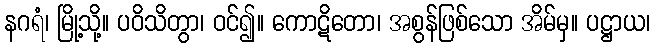
နဂရံ၊ မြို့သို့။ ပဝိသိတွာ၊ ဝင်၍။ ကောဋိတော၊ အစွန်ဖြစ်သော အိမ်မှ။ ပဋ္ဌာယ၊